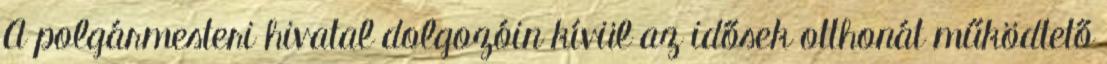
A polgármesteri hivatal dolgozóin kívül az idősek otthonát működtető